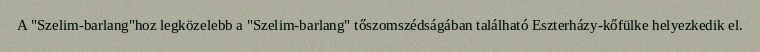
A "Szelim-barlang"hoz legközelebb a "Szelim-barlang" tőszomszédságában található Eszterházy-kőfülke helyezkedik el.